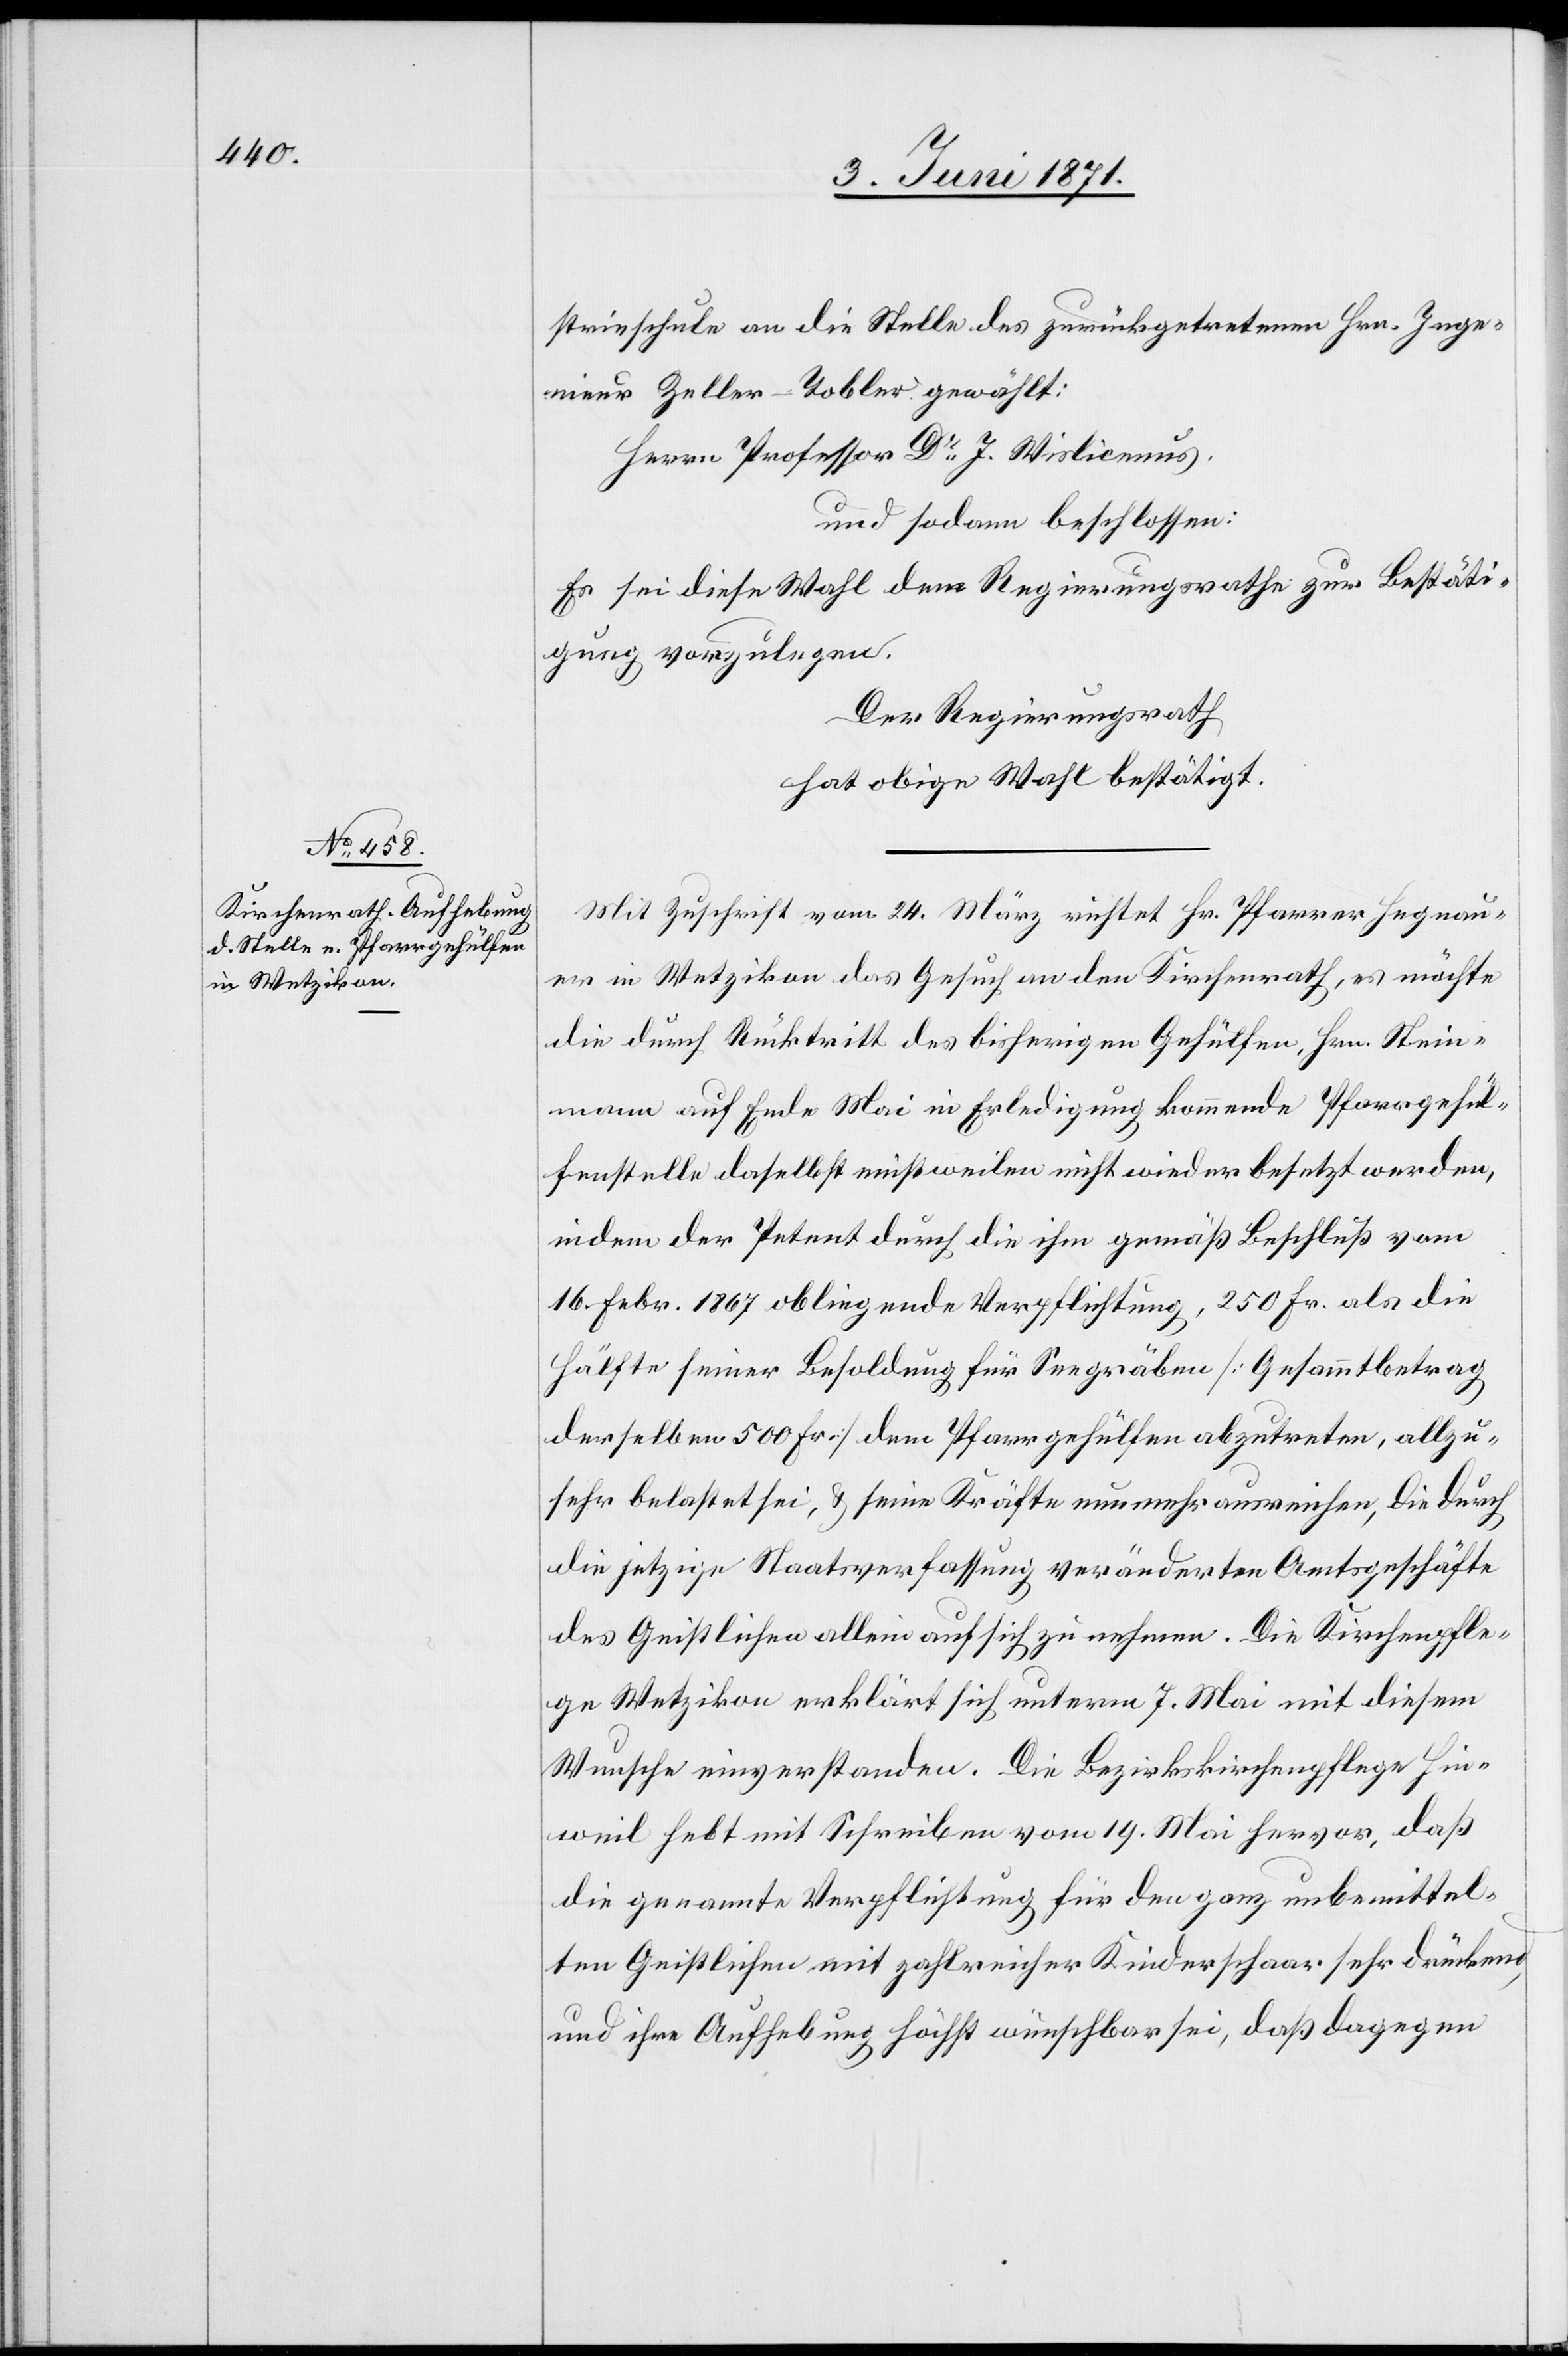
strieschule an die Stelle des zurückgetretenen Hrn. Inge¬
nieur Zeller-Tobler gewählt:
Herrn Professor Dr. J. Wislicenus
und sodann beschlossen:
Es sei diese Wahl dem Regierungsrathe zur Bestäti¬
gung vorzulegen.
Der Regierungsrath
hat obige Wahl bestätigt.
Mit Zuschrift vom 24. März richtet Hr. Pfarrer Hegnau¬
er in Wetzikon das Gesuch an den Kirchenrath, es möchte
die durch Rücktritt des bisherigen Gehülfen, Hrn. Stein¬
mann auf Ende Mai in Erledigung kommende Pfarrgehül¬
fenstelle daselbst einstweilen nicht wieder besetzt werden,
indem der Petent durch die ihm gemäß Beschluß vom
16. Febr. 1867 obliegende Verpflichtung, 250 Fr. als die
Hälfte seiner Besoldung für Seegräben [Gesammtbetrag
derselben 500 Fr.] dem Pfarrgehülfen abzutreten, allzu¬
sehr belastet sei, u. seine Kräfte nunmehr ausreichen, die durch
die jetzige Staatsverfassung veränderten Amtsgeschäfte
des Geistlichen allein auf sich zu nehmen. Die Kirchenpfle¬
ge Wetzikon erklärt sich unterm 7. Mai mit diesem
Wunsche einverstanden. Die Bezirkskirchenpflege Hin¬
weil hebt mit Schreiben vom 19. Mai hervor, daß
die genannte Verpflichtung für den ganz unbemittel¬
ten Geistlichen mit zahlreicher Kinderschaar sehr drückend
und ihre Aufhebung höchst wünschbar sei, daß dagegen